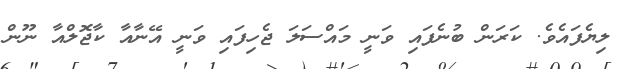
ލިޔެފައެވެ. ކަރަން ބުނެފައި ވަނީ މައްސަލަ ޖެހިފައި ވަނީ އޭނާއާ ކާޖޮލްއާ ނޫން